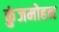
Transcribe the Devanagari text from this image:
कुंजमोहन